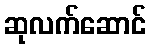
ဆုလက်ဆောင်